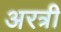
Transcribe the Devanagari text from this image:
अरत्री